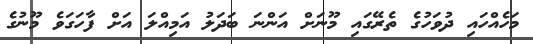
މަހެއްހައި ދުވަހުގެ ތެރޭގައި މޫނަށް އަންނަ ބަދަލު އަމިއްލަ އަށް ފާހަގަވެ މޫނުގެ